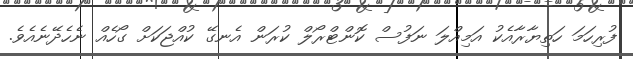
ފުރިހަމަ ހަތިޔާރާއެކު އަމިއްލަ ނަފުސް ކޮންޓްރޯލް ކުރަން އެނގޭ ކުއްޖަކަށް ގޯހެއް ނެހެދޭނެއެވެ.